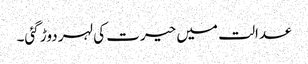
عدالت میں حیرت کی لہر دوڑ گئی۔